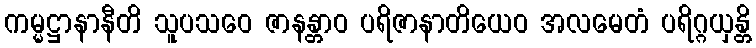
ကမ္မဋ္ဌာနာနီတိ သူပသဝေ ဇာနန္တာဝ ပရိဇာနာတိယေဝ အလမေတံ ပရိဂ္ဂယှန္တိ